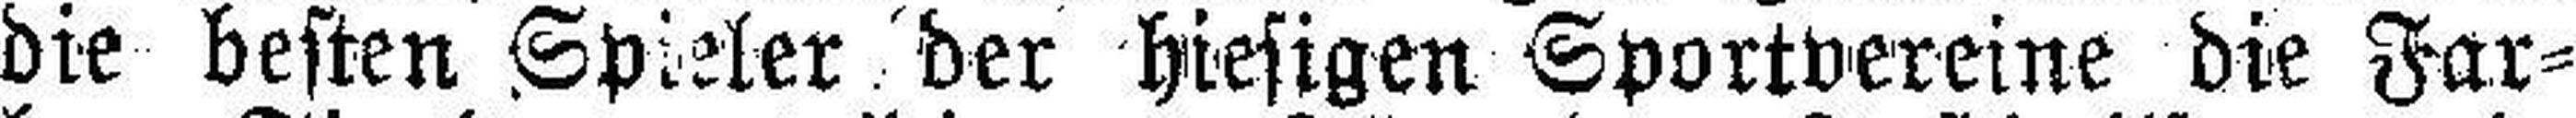
die besten Spieler der hiesigen Sportvereine die Far¬